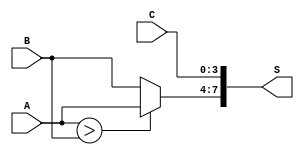
module fusion(A,B,C,S);

input wire [3:0] A,B,C;
output wire [7:0] S;
wire [3:0] Y;
wire F;

assign F = A>B;
assign Y = (F==1) ? A : B;

assign S[7:4] = Y;
assign S[3:0] = C;

endmodule